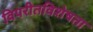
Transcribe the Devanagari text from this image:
विपरीतविशेषता